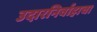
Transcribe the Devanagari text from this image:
उदारनिर्वाहाचा